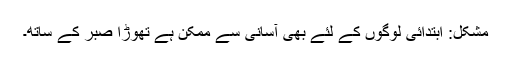
مشکل: ابتدائی لوگوں کے لئے بھی آسانی سے ممکن ہے تھوڑا صبر کے ساتھ۔